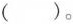
（）。